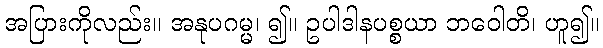
အပြားကိုလည်း။ အနုပဂမ္မ၊ ၍။ ဥပါဒါနပစ္စယာ ဘဝေါတိ၊ ဟူ၍။